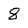
Character: 8